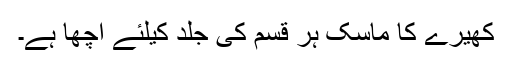
کھیرے کا ماسک ہر قسم کی جلد کیلئے اچھا ہے۔